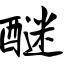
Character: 醚